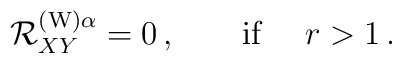
{\cal R}^{({\rm W})\alpha} _{XY}=0\,,\qquad \mbox{if }\quad r>1\,.